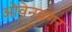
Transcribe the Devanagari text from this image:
ओवेनब्रगर